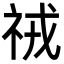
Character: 𮁱